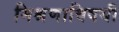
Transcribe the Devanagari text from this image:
मिश्रणाविषयी